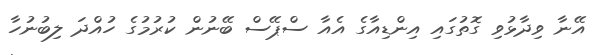
އޭނާ ވިދާޅުވި ގޮތުގައި އިންޑިއާގެ އެއާ ސްޕޭސް ބޭނުން ކުރުމުގެ ހުއްދަ ލިބުނުހާ